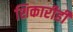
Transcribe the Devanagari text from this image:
शिकारीही